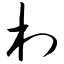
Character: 村